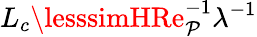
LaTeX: L_{c}\lesssimHRe_{\mathcal{P}}^{-1}\lambda^{-1}